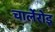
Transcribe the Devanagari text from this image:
चार्लेरोइ